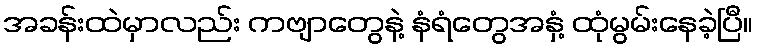
အခန်းထဲမှာလည်း ကဗျာတွေနဲ့ နံရံတွေအနှံ့ ထုံမွမ်းနေခဲ့ပြီ။